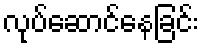
လုပ်ဆောင်နေခြင်း